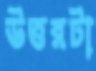
উত্তরটা